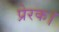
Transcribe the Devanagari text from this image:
प्रेरक।